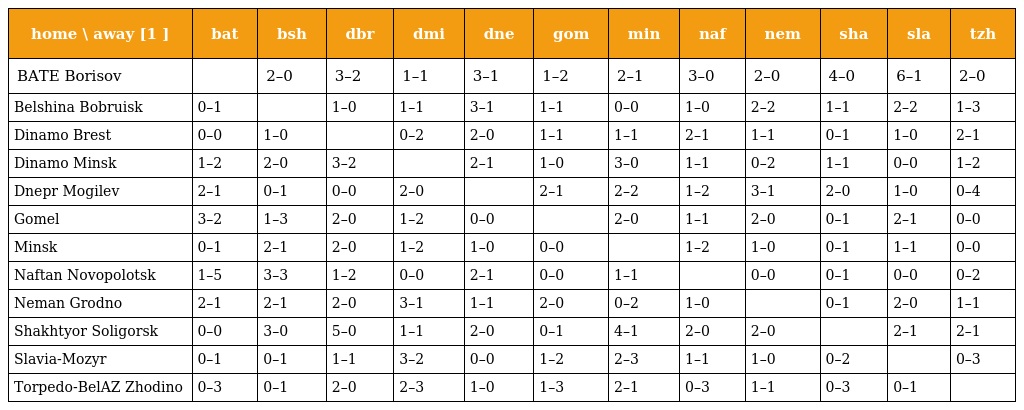
| home \ away [1 ] | bat | bsh | dbr | dmi | dne | gom | min | naf | nem | sha | sla | tzh |
 | --- | --- | --- | --- | --- | --- | --- | --- | --- | --- | --- | --- | --- |
 | BATE Borisov |  | 2–0 | 3–2 | 1–1 | 3–1 | 1–2 | 2–1 | 3–0 | 2–0 | 4–0 | 6–1 | 2–0 |
 | Belshina Bobruisk | 0–1 |  | 1–0 | 1–1 | 3–1 | 1–1 | 0–0 | 1–0 | 2–2 | 1–1 | 2–2 | 1–3 |
 | Dinamo Brest | 0–0 | 1–0 |  | 0–2 | 2–0 | 1–1 | 1–1 | 2–1 | 1–1 | 0–1 | 1–0 | 2–1 |
 | Dinamo Minsk | 1–2 | 2–0 | 3–2 |  | 2–1 | 1–0 | 3–0 | 1–1 | 0–2 | 1–1 | 0–0 | 1–2 |
 | Dnepr Mogilev | 2–1 | 0–1 | 0–0 | 2–0 |  | 2–1 | 2–2 | 1–2 | 3–1 | 2–0 | 1–0 | 0–4 |
 | Gomel | 3–2 | 1–3 | 2–0 | 1–2 | 0–0 |  | 2–0 | 1–1 | 2–0 | 0–1 | 2–1 | 0–0 |
 | Minsk | 0–1 | 2–1 | 2–0 | 1–2 | 1–0 | 0–0 |  | 1–2 | 1–0 | 0–1 | 1–1 | 0–0 |
 | Naftan Novopolotsk | 1–5 | 3–3 | 1–2 | 0–0 | 2–1 | 0–0 | 1–1 |  | 0–0 | 0–1 | 0–0 | 0–2 |
 | Neman Grodno | 2–1 | 2–1 | 2–0 | 3–1 | 1–1 | 2–0 | 0–2 | 1–0 |  | 0–1 | 2–0 | 1–1 |
 | Shakhtyor Soligorsk | 0–0 | 3–0 | 5–0 | 1–1 | 2–0 | 0–1 | 4–1 | 2–0 | 2–0 |  | 2–1 | 2–1 |
 | Slavia-Mozyr | 0–1 | 0–1 | 1–1 | 3–2 | 0–0 | 1–2 | 2–3 | 1–1 | 1–0 | 0–2 |  | 0–3 |
 | Torpedo-BelAZ Zhodino | 0–3 | 0–1 | 2–0 | 2–3 | 1–0 | 1–3 | 2–1 | 0–3 | 1–1 | 0–3 | 0–1 |  |